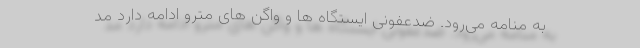
به منامه می‌رود. ضدعفونی ایستگاه ها و واگن های مترو ادامه دارد مد